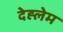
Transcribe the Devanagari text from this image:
देह्लेम